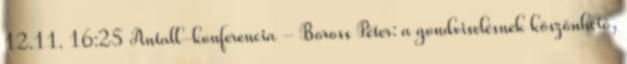
12.11. 16:25 Antall-konferencia - Boross Péter: a gondviselésnek köszönhető,